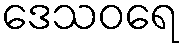
ဒေသဝရေ